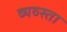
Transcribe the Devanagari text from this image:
व्यव्स्ता